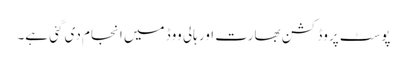
پوسٹ پروڈکشن بھارت اور ہالی ووڈ میں انجام دی گئی ہے۔